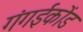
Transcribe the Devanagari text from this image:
गंगईकोंड